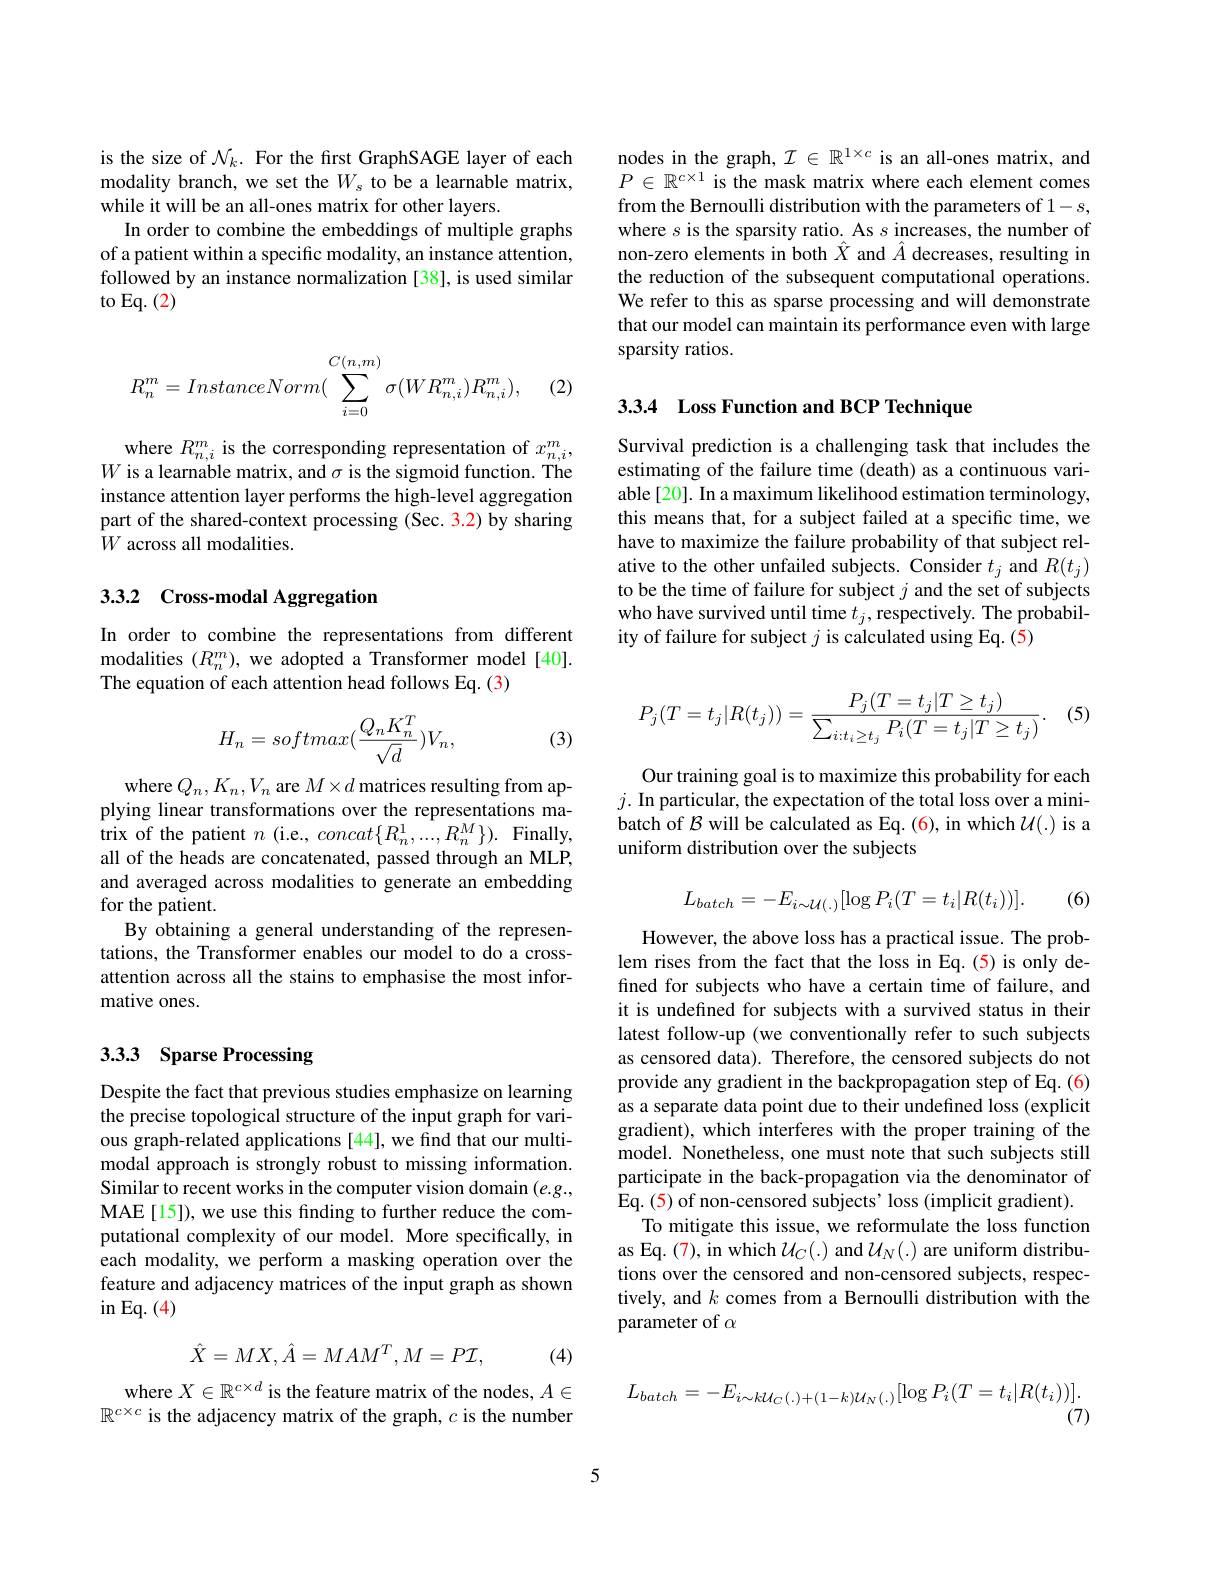
is the size of $\mathcal{N}_k.$ For the first GraphSAGE layer of each modality branch, we set the $W_s$ to be a learnable matrix, while it will be an all-ones matrix for other layers.
In order to combine the embeddings of multiple graphs of a patient within a specific modality, an instance attention, followed by an instance normalization [38], is used similar to Eq. (2)
$$R_n^m=InstanceNorm(\sum_{i=0}^{C(n,m)}\sigma(WR_{n,i}^m)R_{n,i}^m),$$
(2)

where $R_{n,i}^{m}$ is the corresponding representation of $x_{n,i}^{m}$, $W$ is a learnable matrix, and $\sigma$ is the sigmoid function. The instance attention layer performs the high-level aggregation part of the shared-context processing (Sec. 3.2) by sharing $\bar{W}$ across all modalities.

# 3.3.2 Cross-modal Aggregation

In order to combine the representations from different modalities $(R_n^m)$, we adopted a Transformer model[40]. The equation of each attention head follows Eq. (3)
$$H_n=softmax(\frac{Q_nK_n^T}{\sqrt{d}})V_n,$$
(3)

where $Q_n,K_n,V_n$ are $M\times d$ matrices resulting from applying linear transformations over the representations matrix of the patient $n$ (i.e., concat$\{R_n^1,...,R_n^M\}).$ Finally, all of the heads are concatenated, passed through an MLP, and averaged across modalities to generate an embedding for the patient.
By obtaining a general understanding of the representations, the Transformer enables our model to do a crossattention across all the stains to emphasise the most informative ones.

## 3.33 Sparse Processing

Despite the fact that previous studies emphasize on learning the precise topological structure of the input graph for various graph-related applications [44], we find that our multimodal approach is strongly robust to missing information. Similar to recent works in the computer vision domain $(e.g.$, MAE[15]), we use this finding to further reduce the computational complexity of our model. More specifically, in each modality, we perform a masking operation over the feature and adjacency matrices of the input graph as shown $\operatorname{in}$Eq.(4)
$$\hat{X}=MX,\hat{A}=MAM^T,M=P\mathcal{I},$$
(4)

where $X\in\mathbb{R}^{c\times d}$ is the feature matrix of the nodes, $A\in$ $\mathbb{R}^{c\times c}$ is the adjacency matrix of the graph, $c$ is the number

nodes in the graph, $\mathcal{I}\in\mathbb{R}^{1\times c}$ is an all-ones matrix, and $P\in\mathbb{R}^{c\times1}$ is the mask matrix where each element comes from the Bernoulli distribution with the parameters of 1-s, where $s$ is the sparsity ratio. As $s$ increases, the number of non-zero elements in both $\hat{X}$ and $\hat{A}$ decreases, resulting in the reduction of the subsequent computational operations. We refer to this as sparse processing and will demonstrate that our model can maintain its performance even with large sparsity ratios.

3.3.4 Loss Function and BCP Technique

Survival prediction is a challenging task that includes the estimating of the failure time (death) as a continuous variable[20]. In a maximum likelihood estimation terminology, this means that, for a subject failed at a specific time, we have to maximize the failure probability of that subject relative to the other unfailed subjects. Consider $t_j$ and $R(t_j)$ to be the time of failure for subject $j$ and the set of subjects who have survived until time $t_j$, respectively. The probability of failure for subject $j$ is calculated using Eq.(5)

(5)
$$P_j(T=t_j|R(t_j))=\frac{P_j(T=t_j|T\geq t_j)}{\sum_{i:t_i\geq t_j}P_i(T=t_j|T\geq t_j)}.$$
Our training goal is to maximize this probability for each $j.$ In particular, the expectation of the total loss over a minibatch of $\mathcal{B}$ will be calculated as Eq.(6), in which $\mathcal{U}(.)$ is a uniform distribution over the subjects
$$L_{batch}=-E_{i\sim\mathcal{U}(.)}[\log P_{i}(T=t_{i}|R(t_{i}))].$$
(6)

However, the above loss has a practical issue. The problem rises from the fact that the loss in Eq.(5) is only defined for subjects who have a certain time of failure, and it is undefined for subjects with a survived status in their latest follow-up (we conventionally refer to such subjects as censored data). Therefore, the censored subjects do not provide any gradient in the backpropagation step of Eq. (6) as a separate data point due to their undefined loss (explicit gradient), which interferes with the proper training of the model. Nonetheless, one must note that such subjects still participate in the back-propagation via the denominator of Eq. (5) of non-censored subjects' loss (implicit gradient).
To mitigate this issue, we reformulate the loss function as Eq. (7), in which $\mathcal{U}_C(.)$ and $\mathcal{U}_N(.)$ are uniform distributions over the censored and non-censored subjects, respectively, and $k$ comes from a Bernoulli distribution with the parameter of $\alpha$

$\begin{array}{c}{{\mathcal L}_{batch}=-E_{i\sim k\mathcal{U}_{C}(.)+(1-k)\mathcal{U}_{N}(.)}[\log P_{i}(T=t_{i}|R(t_{i}))].}\\{(7)}\end{array}$

5